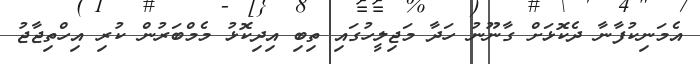
އެމަނިކުފާނާ ދެކޮޅަށް ގާނޫނު ހަދާ މަޖިލީހުގައި ތިބި އިދިކޮޅު މެމްބަރުން ކުރި އިހްތިޖާޖު